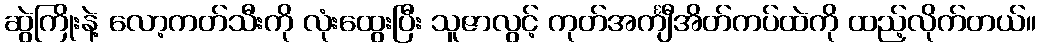
ဆွဲကြိုးနဲ့ လော့ကတ်သီးကို လုံးထွေးပြီး သူဇာလွင့် ကုတ်အင်္ကျီအိတ်ကပ်ထဲကို ထည့်လိုက်တယ်။